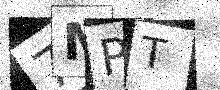
Text: 7MPT